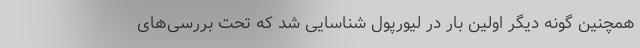
همچنین گونه دیگر اولین بار در لیورپول شناسایی شد که تحت بررسی‌های